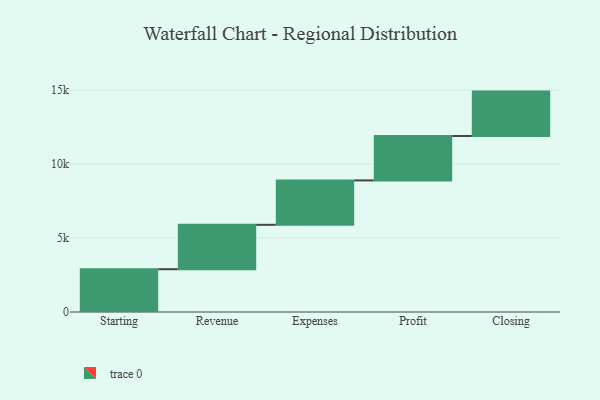
{"axis": {"x": "Step", "y": "Value"}, "legend": [""], "data": [{"x": "Starting", "y": 2891.0, "type": ""}, {"x": "Revenue", "y": 3000, "type": ""}, {"x": "Expenses", "y": 3000, "type": ""}, {"x": "Profit", "y": 3000, "type": ""}, {"x": "Closing", "y": 3000, "type": ""}]}